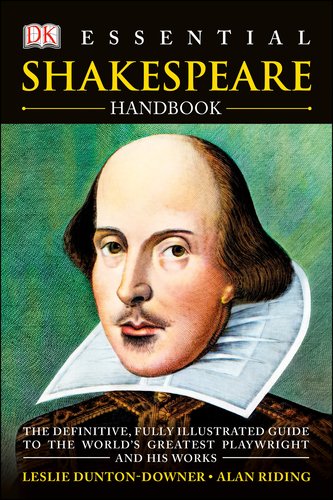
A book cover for Essential Shakespeare Handbook; Leslie Dunton-Downer; Literature & Fiction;